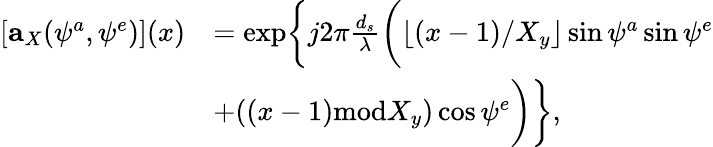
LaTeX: \begin{array}{rl}{[\mathbf{a}_{X}(\psi^{a},\psi^{e})](x)}&{=\mathrm{{exp}}\bigg\{ j2\pi\frac{d_{s}}{\lambda}\bigg(\lfloor(x-1)/X_{y}\rfloor\sin\psi^{a}\sin\psi^{e}}\\ &{+((x-1){\mathrm{mod}}X_{y})\cos\psi^{e}\bigg)\bigg\} ,}\end{array}